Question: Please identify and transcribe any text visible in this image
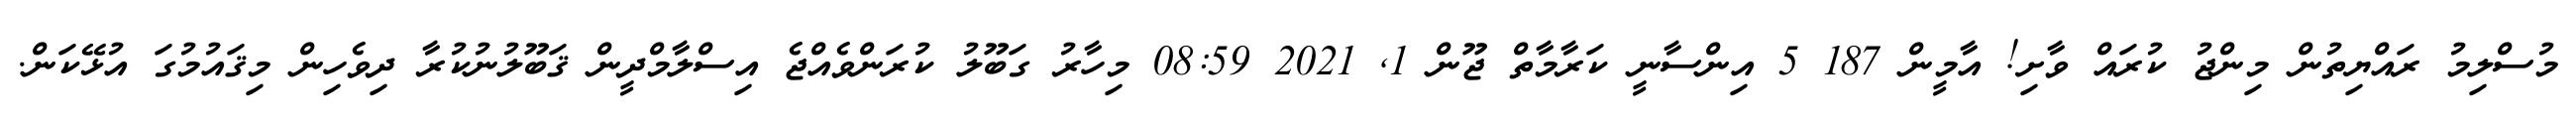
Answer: މުސްލިމު ރައްޔިތުން މިންޖު ކުރައް ވާށި! އާމީން 187 5 އިންސާނީ ކަރާމާތް ޖޫން 1, 2021 08:59 މިހާރު ގަބޫލު ކުރަންވެއްޖެ އިސްލާމްދީން ޤަބޫލުނުކުރާ ދިވެހިން މިޤައުމުގަ އުޅޭކަން.